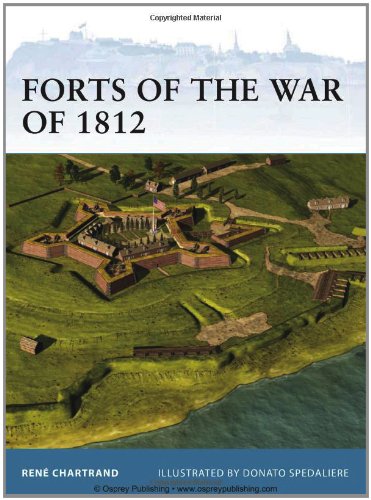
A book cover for Forts of the War of 1812 (Fortress); Rene Chartrand; History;